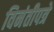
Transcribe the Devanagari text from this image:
विनंतीपत्रे